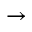
\rightarrow